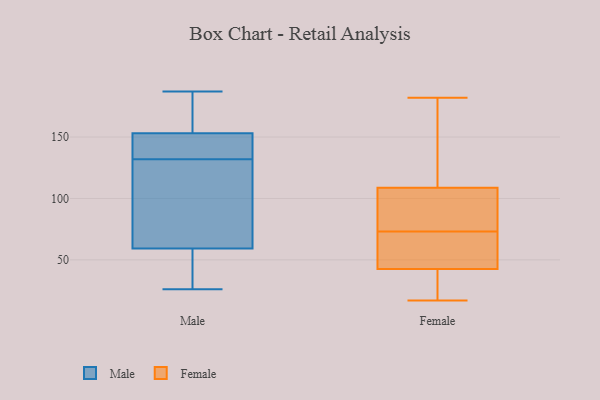
{"axis": {"x": "Shipments", "y": "Value"}, "legend": ["Female", "Male"], "data": [{"x": "", "y": 136, "type": "Male"}, {"x": "", "y": 112, "type": "Male"}, {"x": "", "y": 41, "type": "Male"}, {"x": "", "y": 133, "type": "Male"}, {"x": "", "y": 132, "type": "Male"}, {"x": "", "y": 175, "type": "Male"}, {"x": "", "y": 160, "type": "Male"}, {"x": "", "y": 153, "type": "Male"}, {"x": "", "y": 26, "type": "Male"}, {"x": "", "y": 48, "type": "Male"}, {"x": "", "y": 129, "type": "Male"}, {"x": "", "y": 90, "type": "Male"}, {"x": "", "y": 41, "type": "Male"}, {"x": "", "y": 153, "type": "Male"}, {"x": "", "y": 63, "type": "Male"}, {"x": "", "y": 132, "type": "Male"}, {"x": "", "y": 187, "type": "Male"}, {"x": "", "y": 177, "type": "Female"}, {"x": "", "y": 22, "type": "Female"}, {"x": "", "y": 26, "type": "Female"}, {"x": "", "y": 78, "type": "Female"}, {"x": "", "y": 48, "type": "Female"}, {"x": "", "y": 62, "type": "Female"}, {"x": "", "y": 73, "type": "Female"}, {"x": "", "y": 179, "type": "Female"}, {"x": "", "y": 17, "type": "Female"}, {"x": "", "y": 86, "type": "Female"}, {"x": "", "y": 182, "type": "Female"}, {"x": "", "y": 48, "type": "Female"}, {"x": "", "y": 85, "type": "Female"}]}